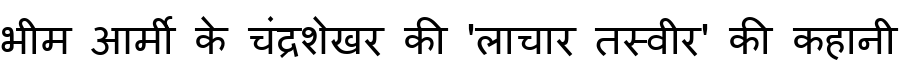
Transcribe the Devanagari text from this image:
भीम आर्मी के चंद्रशेखर की 'लाचार तस्वीर' की कहानी